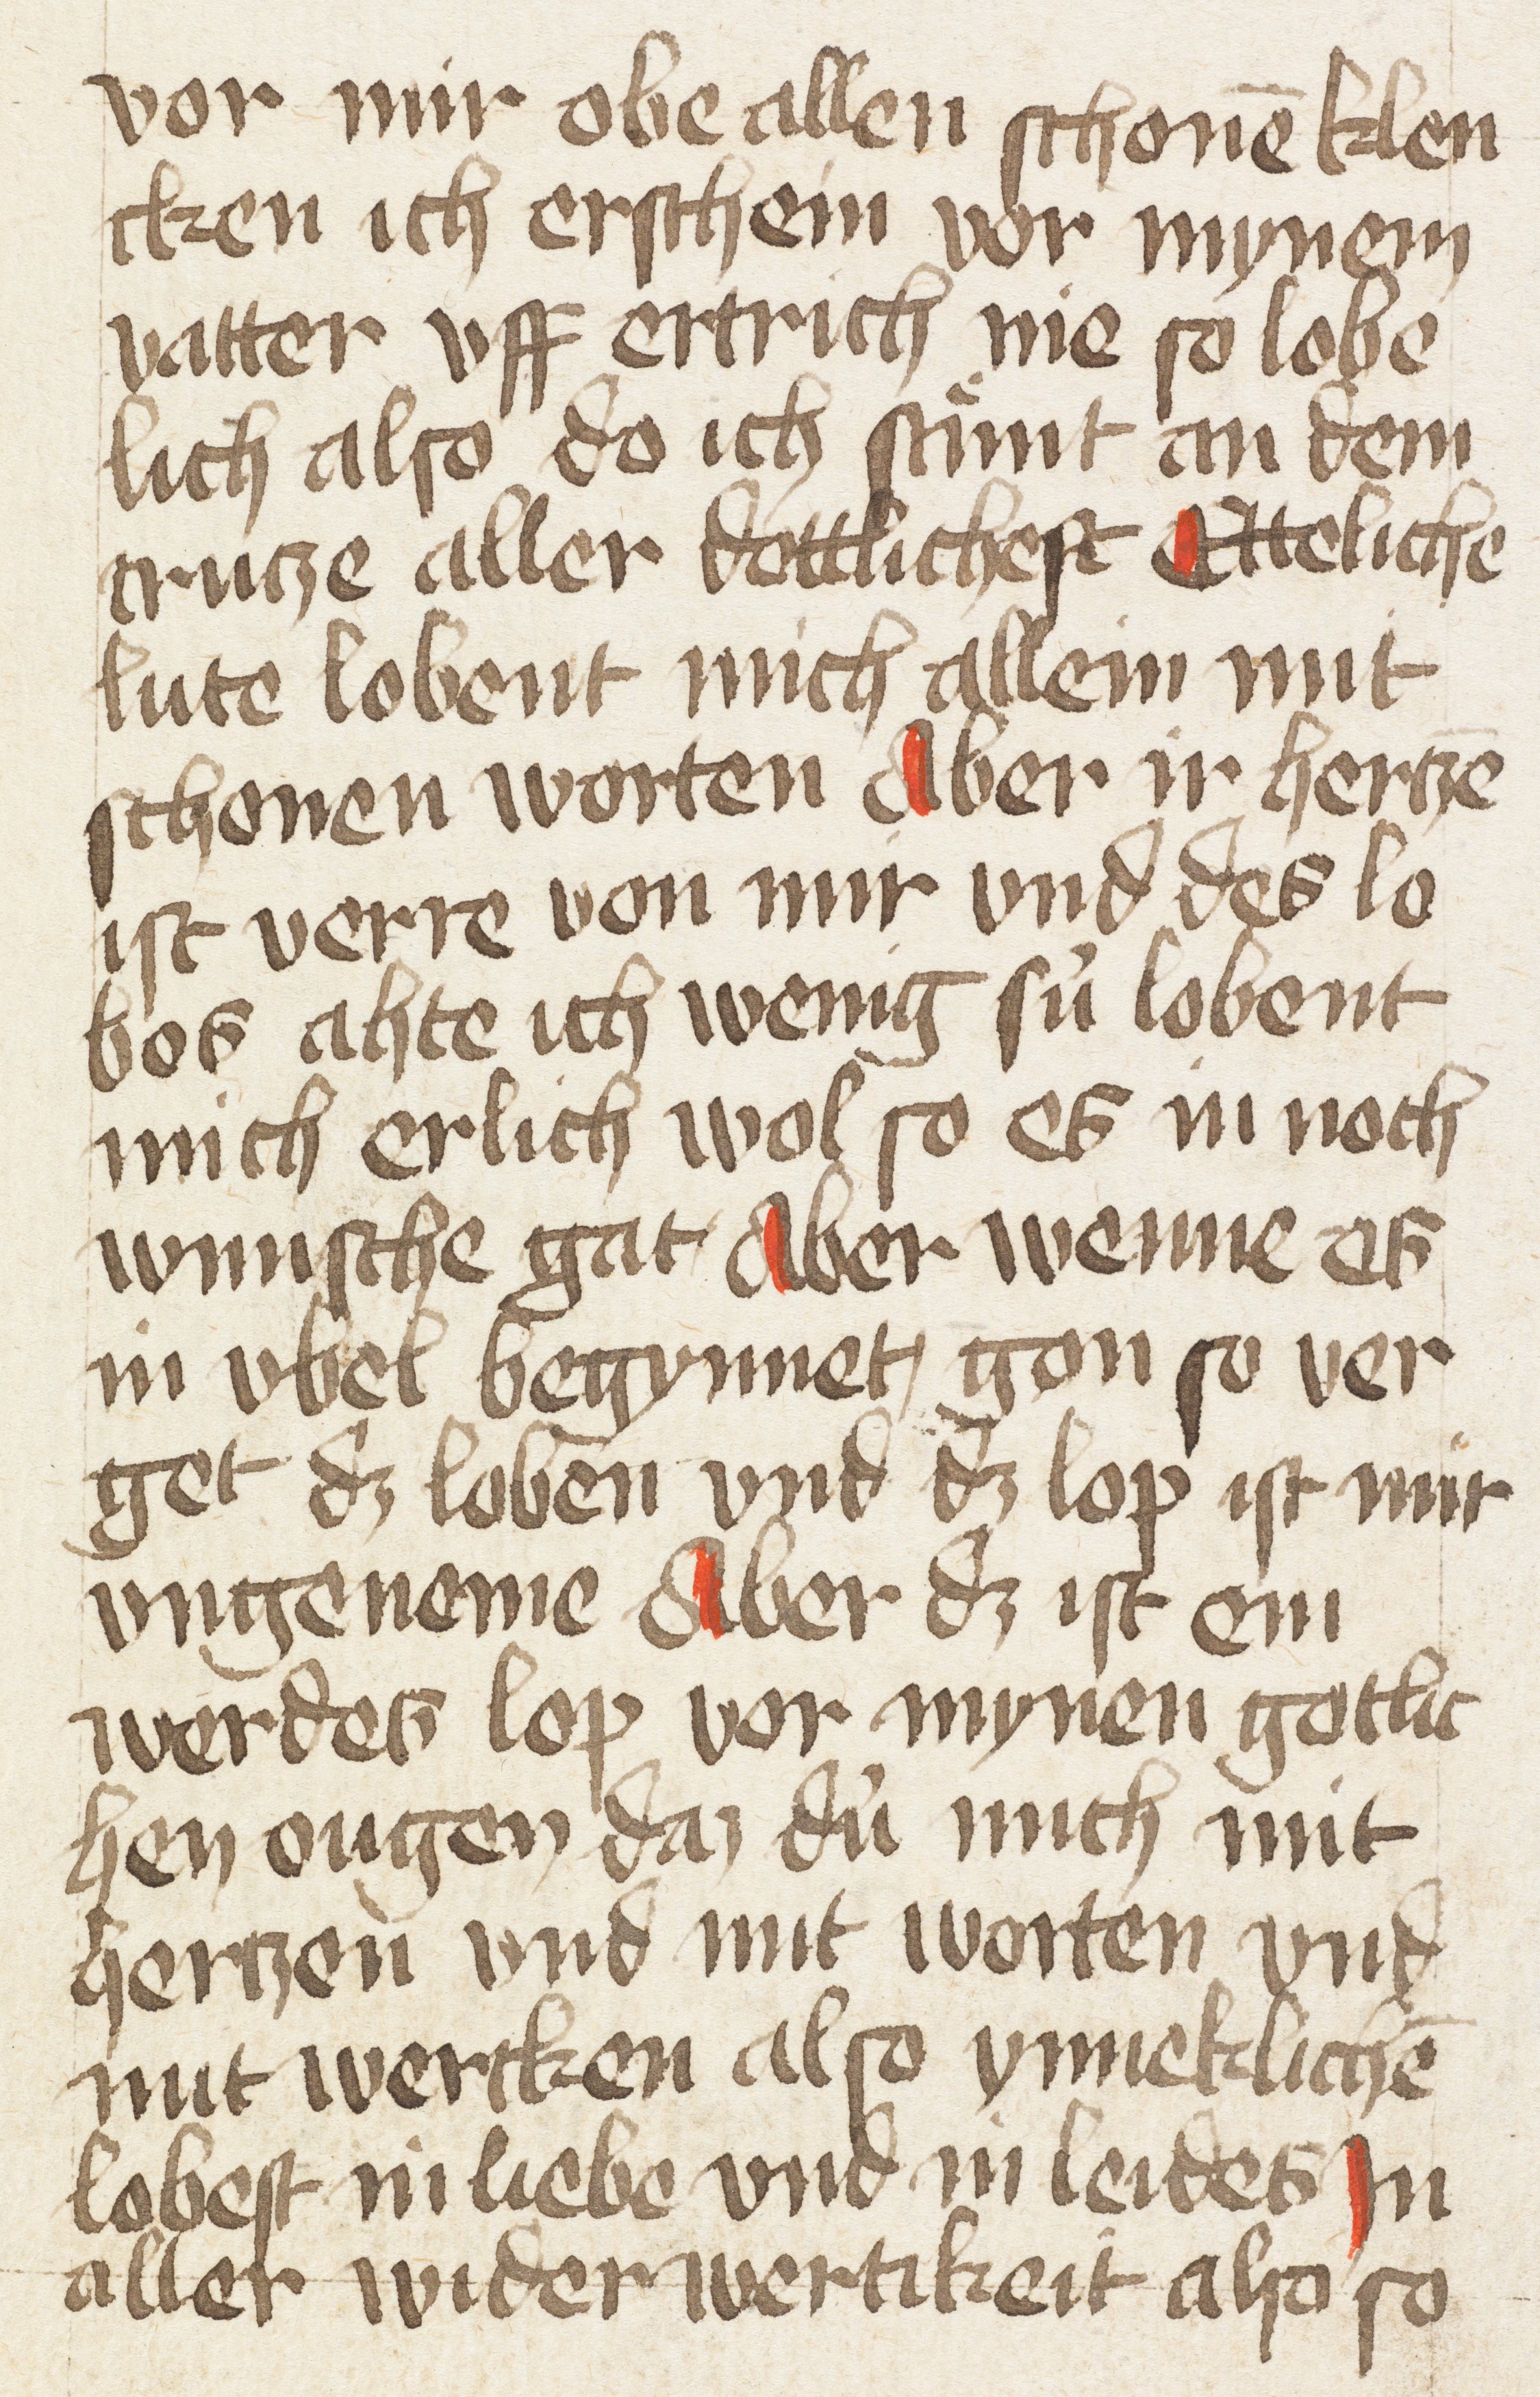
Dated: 1400–1499